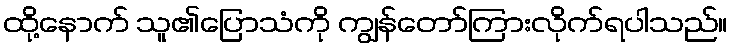
ထို့နောက် သူ၏ပြောသံကို ကျွန်တော်ကြားလိုက်ရပါသည်။